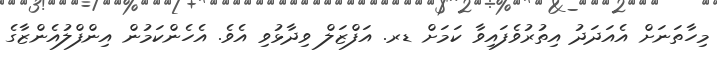
މިހާތަނަށް އެއަދަދު އިތުރުވެފައިވާ ކަމަށް ޑރ. އަފްޒަލް ވިދާޅުވި އެވެ. އެހެންކަމުން އިންފްލުއެންޒާގެ